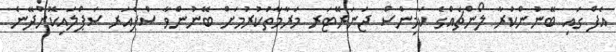
އެފް ގައި ބޭނުންކުރާ ލޯންޗެއްގެ ކަމިންސް ޖަނަރޭޓަރ މަރާމާތުކުރުމަށް ބޭނުންވާ ސްޕެއަރ ސަޕްލައިކޮށްދޭނެ